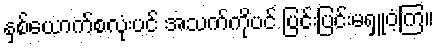
နှစ်ယောက်စလုံးပင် အသက်ကိုပင် ပြင်းပြင်းမရှူဝံ့ကြ။